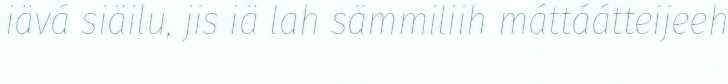
iävá siäilu, jis iä lah sämmiliih máttáátteijeeh